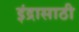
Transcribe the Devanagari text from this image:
इंद्रासाठी